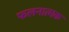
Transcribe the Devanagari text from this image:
फलनात्मक